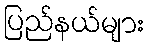
ပြည်နယ်များ